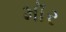
મૉર